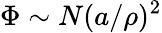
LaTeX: \Phi\sim N(a/\rho)^{2}